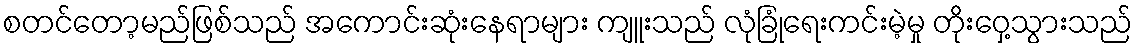
စတင်တော့မည်ဖြစ်သည် အကောင်းဆုံးနေရာများ ကျူးသည် လုံခြုံရေးကင်းမဲ့မှု တိုးဝှေ့သွားသည်